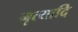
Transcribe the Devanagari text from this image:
नृत्यादि